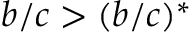
b / c > ( b / c ) ^ { * }